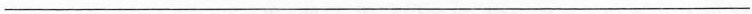
___